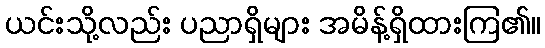
ယင်းသို့လည်း ပညာရှိများ အမိန့်ရှိထားကြ၏။